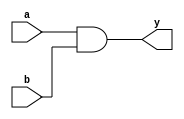
module combinational_logic (
    input wire a,         // Input signal a
    input wire b,         // Input signal b
    output reg y         // Output signal y
);

// Always block for combinational logic
always @ (a or b) begin
    // Immediate assignment
    y = a & b;           // Example: AND operation
end

endmodule